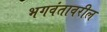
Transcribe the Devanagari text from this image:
भगवंतावरील